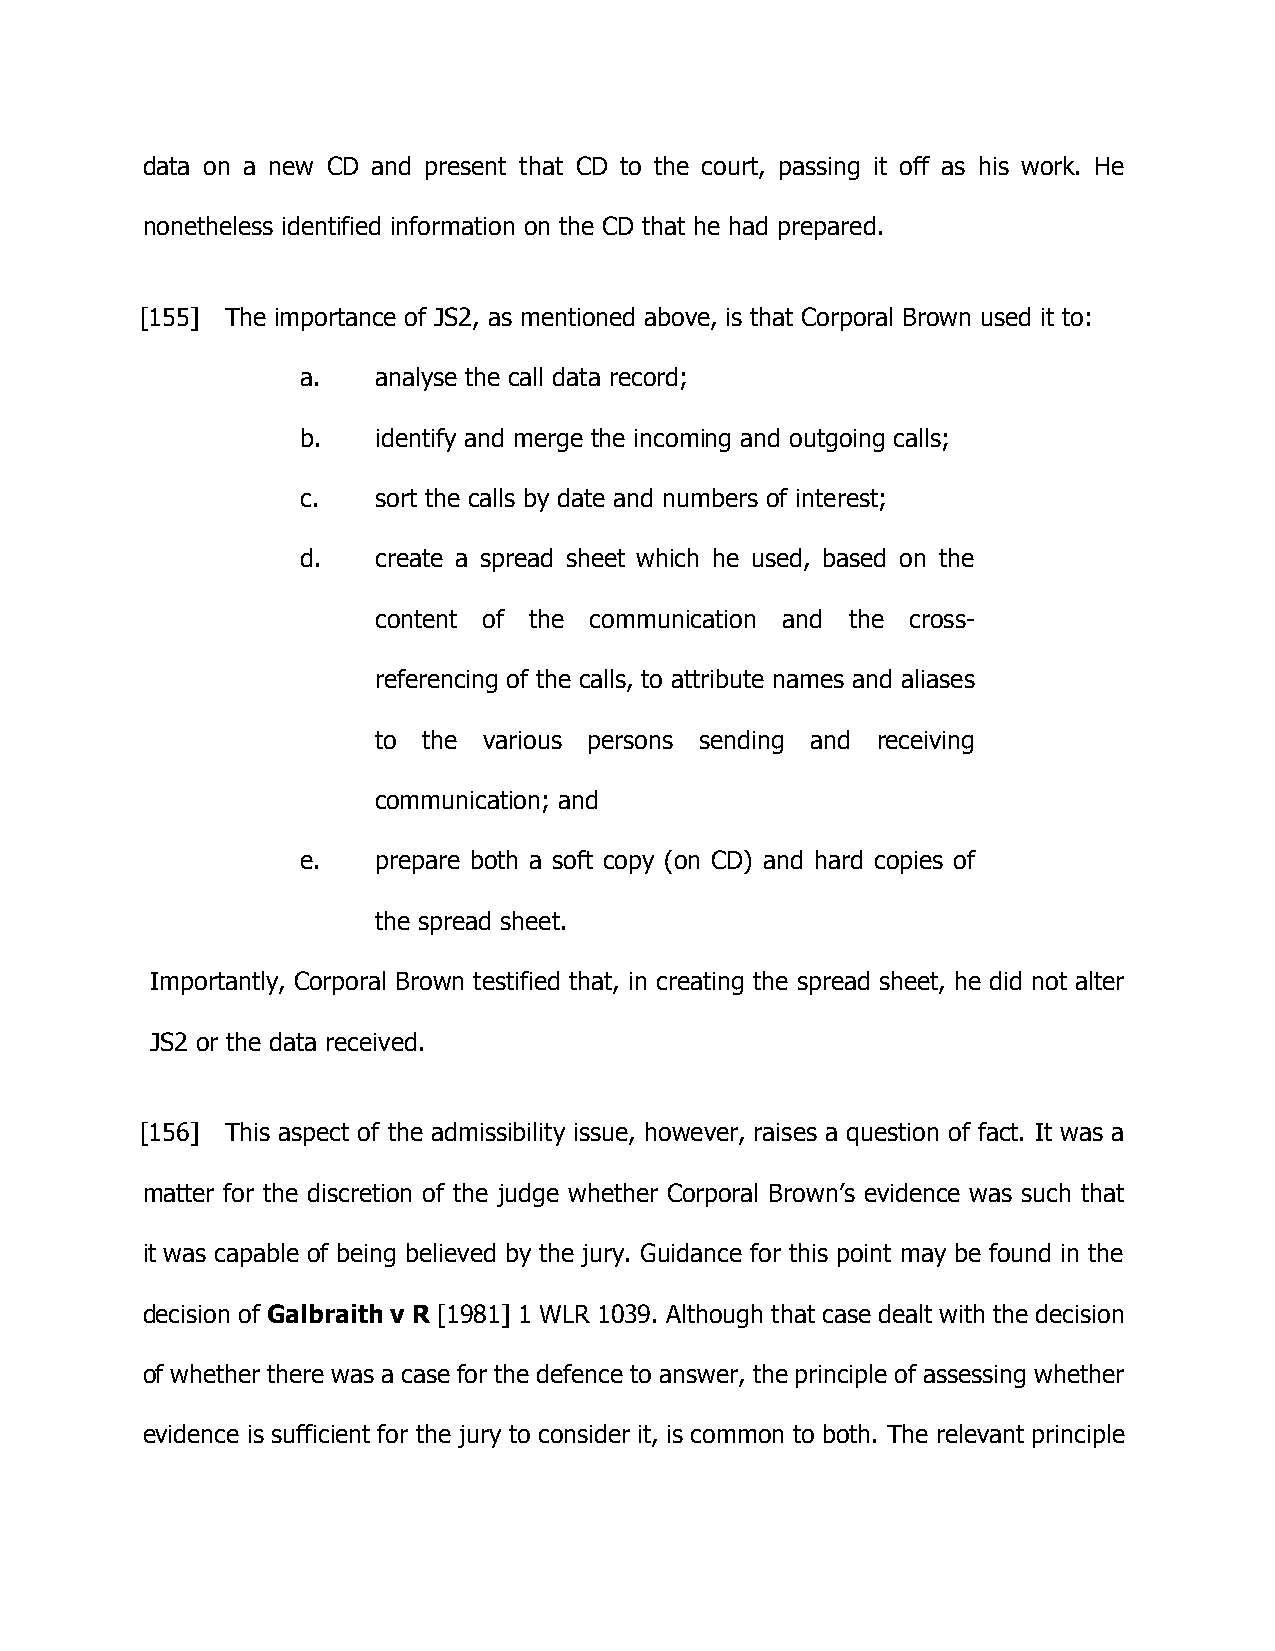
data on a new CD and present that CD to the court, passing it off as his work. He
 nonetheless identified information on the CD that he had prepared.
 [155] The importance of JS2, as mentioned above, is that Corporal Brown used it to:
 a.   analyse the call data record;
 b.   identify and merge the incoming and outgoing calls;
 c.   sort the calls by date and numbers of interest;
 d.   create a spread sheet which he used, based on the
 content of the communication and the cross-
 referencing of the calls, to attribute names and aliases
 to the various persons sending and receiving
 communication; and
 e.   prepare both a soft copy (on CD) and hard copies of
 the spread sheet.
 Importantly, Corporal Brown testified that, in creating the spread sheet, he did not alter
 JS2 or the data received.
 [156] This aspect of the admissibility issue, however, raises a question of fact. It was a
 matter for the discretion of the judge whether Corporal Brown’s evidence was such that
 it was capable of being believed by the jury. Guidance for this point may be found in the
 decision of Galbraith v R [1981] 1 WLR 1039. Although that case dealt with the decision
 of whether there was a case for the defence to answer, the principle of assessing whether
 evidence is sufficient for the jury to consider it, is common to both. The relevant principle